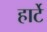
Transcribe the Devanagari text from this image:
हार्टे